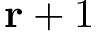
\mathbf { r } + 1